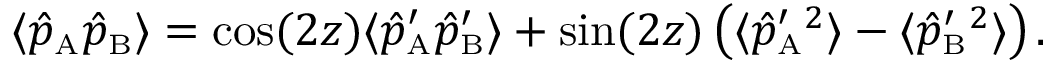
\langle \hat { p } _ { \mathrm { \scriptscriptstyle A } } \hat { p } _ { \mathrm { \scriptscriptstyle B } } \rangle = \cos ( 2 z ) \langle \hat { p } _ { \mathrm { \scriptscriptstyle A } } ^ { \prime } \hat { p } _ { \mathrm { \scriptscriptstyle B } } ^ { \prime } \rangle + \sin ( 2 z ) \left( \langle \hat { p } _ { \mathrm { \scriptscriptstyle A } } ^ { \prime } { } ^ { 2 } \rangle - \langle \hat { p } _ { \mathrm { \scriptscriptstyle B } } ^ { \prime } { } ^ { 2 } \rangle \right) .